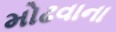
મોઢવાના